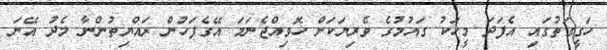
ހަގީގަތުގައި އެފަދަ މީހަކު ގައުމުގެ ވެރިޔަކަށް ހޮވިއްޖެނަމަ އޭގެފަހުން ރައްޔިތުންނާ މެދު އޭނަ